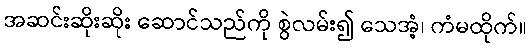
အဆင်းဆိုးဆိုး ဆောင်သည်ကို စွဲလမ်း၍ သေအံ့၊ ကံမထိုက်။